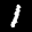
Label: 1